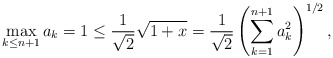
\begin{align*}\max_{k \leq n+1} a_k = 1 \leq \frac{1}{\sqrt{2}}\sqrt{1+x} = \frac{1}{\sqrt{2}}\left(\sum_{k=1}^{n+1} a_k^2\right)^{1/2},\end{align*}